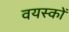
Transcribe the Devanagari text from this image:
वयस्‍कों